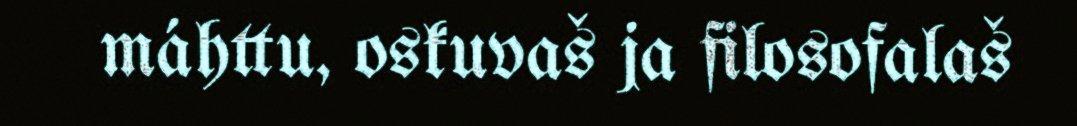
máhttu, oskuvaš ja filosofalaš